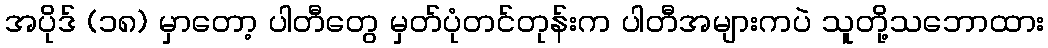
အပိုဒ် (၁၈) မှာတော့ ပါတီတွေ မှတ်ပုံတင်တုန်းက ပါတီအများကပဲ သူတို့သဘောထား